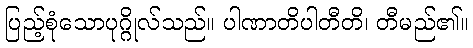
ပြည့်စုံသောပုဂ္ဂိုလ်သည်။ ပါဏာတိပါတီတိ၊ တီမည်၏။